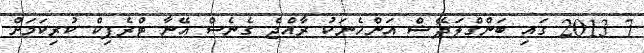
7 2013 ގައި ބަންގްލަދޭޝް އަންހެނަކު ރާއްޖެ ގެނެސް އޭނާ ޓްރެފިކް ކުރިކަމަށް